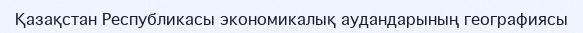
Қазақстан Республикасы экономикалық аудандарының географиясы